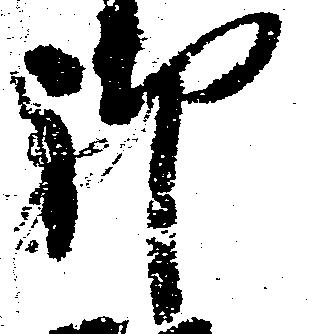
御